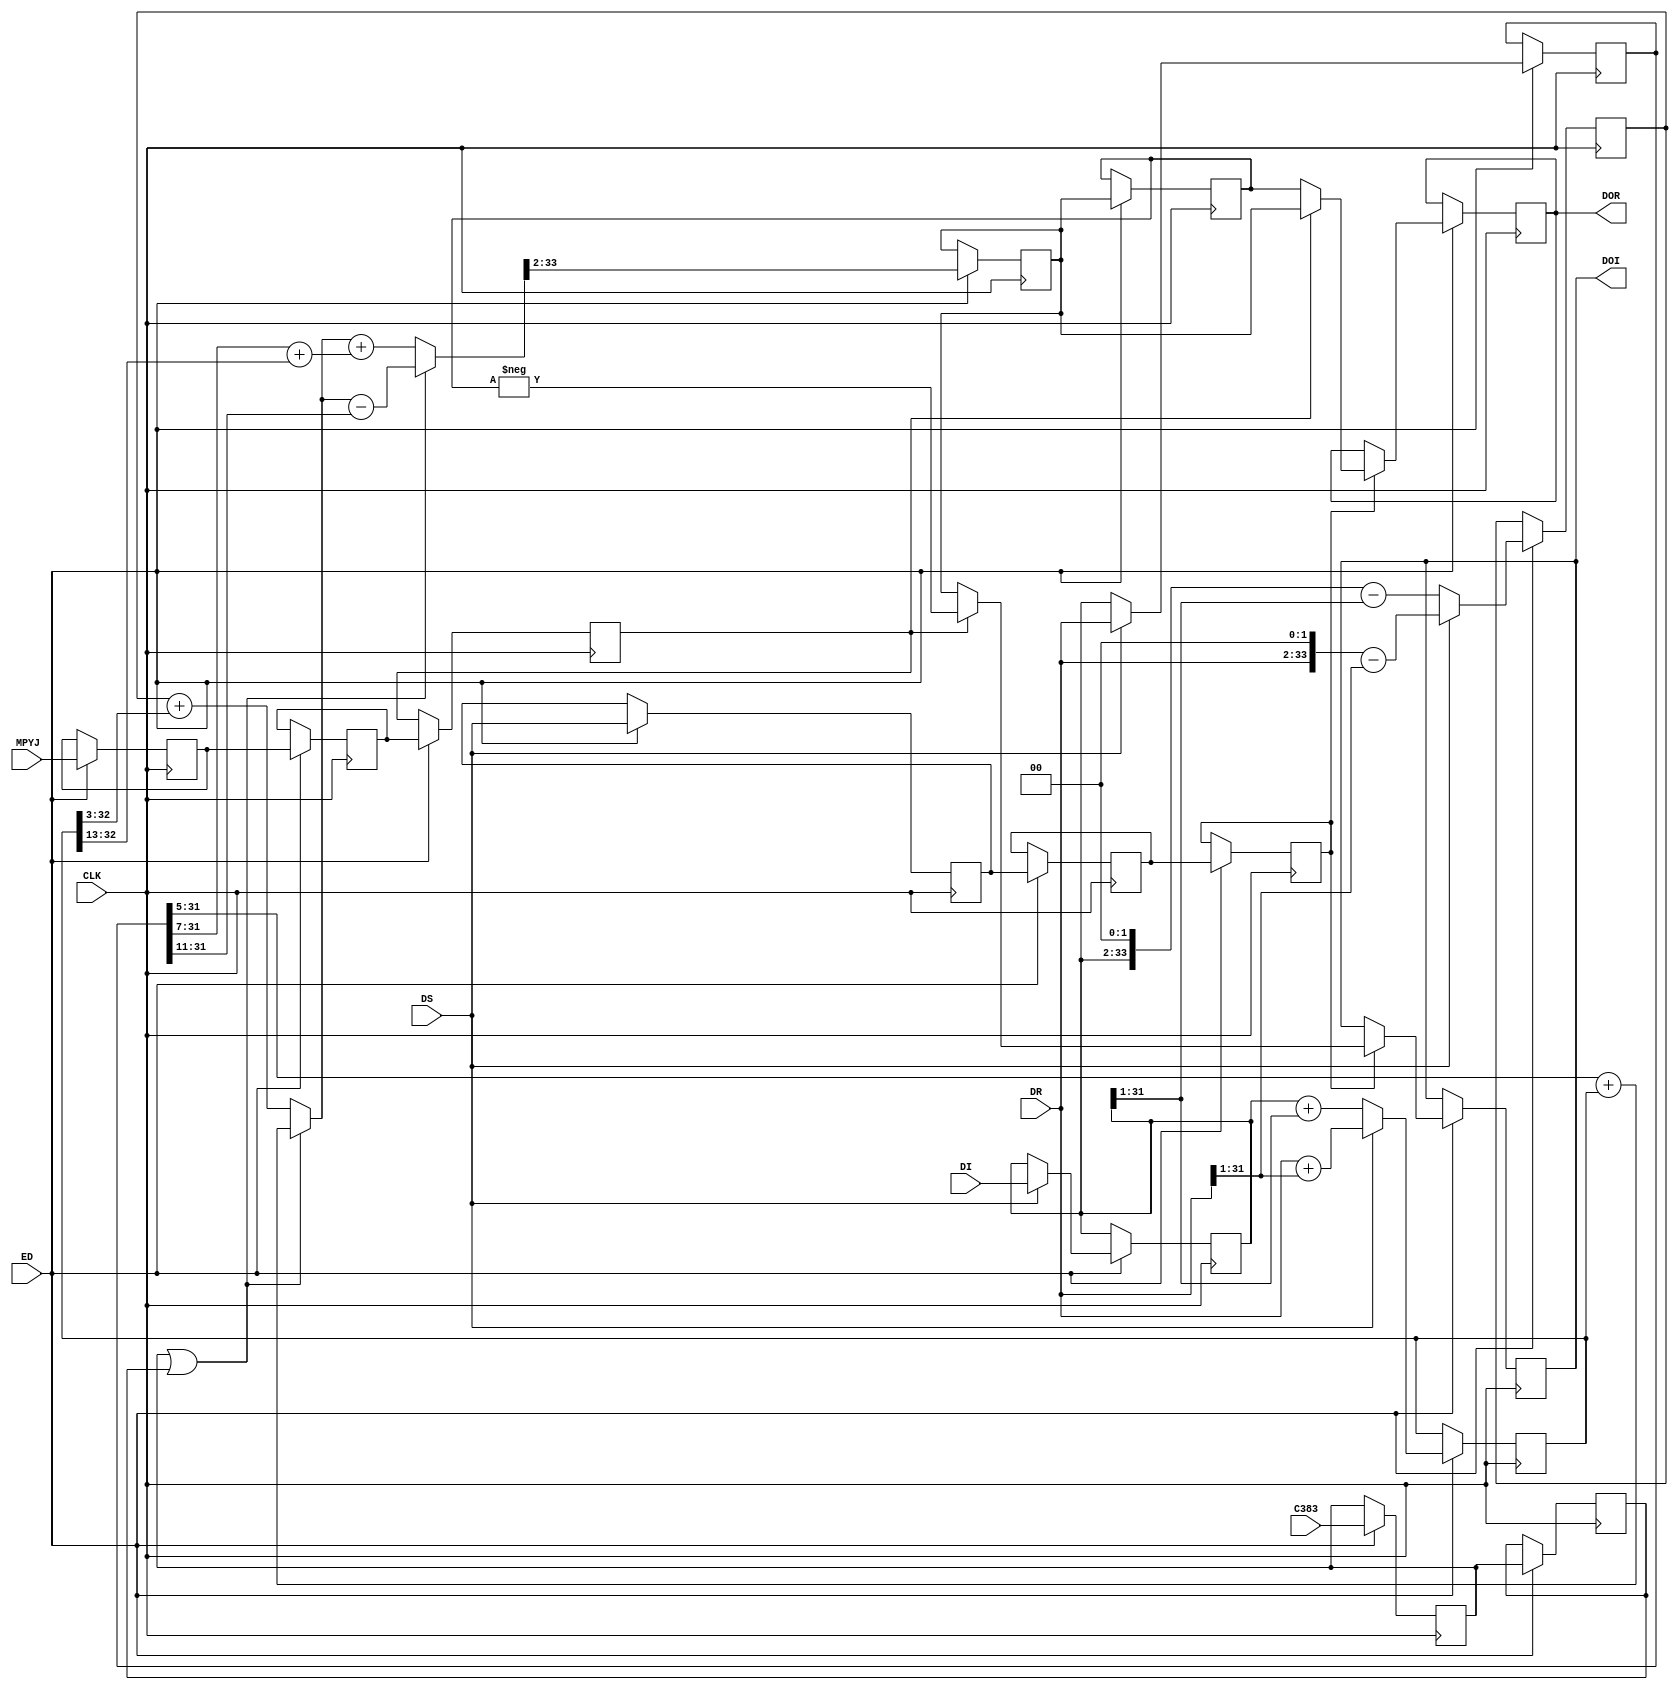
module MPUC924_383_1 ( CLK,DS ,ED, MPYJ,C383,DR,DI ,DOR ,DOI  );
	parameter total_bits = 32;
	input CLK ;
	wire CLK ;
	input DS ;
	wire DS ;
	input ED; 					
	input MPYJ ;				
	wire MPYJ ;
	input C383 ;				
	wire C383 ;
	input [total_bits-1:0] DR ;
	wire signed [total_bits-1:0] DR ;
	input [total_bits-1:0] DI ;
	wire signed [total_bits-1:0] DI ;	   
	output [total_bits-1:0] DOR ;
	reg [total_bits-1:0] DOR ;	
	output [total_bits-1:0] DOI ;
	reg [total_bits-1:0] DOI ;	 
	reg signed [total_bits+1 :0] dx7;	 
	reg signed [total_bits :0] dx3;	 
	reg signed [total_bits-1 :0] dii;	 
	reg signed	[total_bits-1 : 0] dt;		   
	wire signed [total_bits+1 : 0]  dx5p; 
	wire  signed  [total_bits+1 : 0] dot;	
	reg edd,edd2, edd3;        		
	reg mpyjd,mpyjd2,mpyjd3,c3d,c3d2,c3d3;
	reg [total_bits-1:0] doo ;	
	reg [total_bits-1:0] droo ;	
	always @(posedge CLK)
		begin
			if (ED) begin	  
					edd<=DS;
					edd2<=edd;	
					edd3<=edd2;	
					mpyjd<=MPYJ;
					mpyjd2<=mpyjd;
					mpyjd3<=mpyjd2;		
					c3d<=C383;
					c3d2<=c3d;
					c3d3<=c3d2;
					if (DS)	 begin				   		
							dx7<=(DR<<2) - (DR >>>1);	 
							dx3<=DR+(DR >>>1);	 
							dt<=DR;	  
							dii<=DI;
						end
					else	 begin
							dx7<=(dii<<2) - (dii >>>1);	 
							dx3<=dii +(dii >>>1);	 
							dt<=dii;
					end	  
					if (c3d || c3d2)  	doo<=dot >>>2;	
					else			doo<=dot >>>2;		 
					droo<=doo;	
					if (edd3) 	 
						if (mpyjd3) begin
								DOR<=doo;
							DOI<= - droo; end
						else begin
								DOR<=droo;
							DOI<=  doo; end					
				end 
		end		
	assign dx5p=	(c3d || c3d2)? ((dt>>>5)+dx3)  : ( dx7+(dx3>>>3));		
	assign   dot=	(c3d || c3d2)? dx5p-(dt>>>11) :(dx5p+((dt>>>7) +(dx3>>>13)));
endmodule